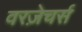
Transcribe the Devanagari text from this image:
वरज़ेचर्स